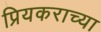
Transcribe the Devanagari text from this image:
प्रियकराच्या